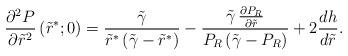
LaTeX: \begin{align*}\frac{\partial^2 P}{\partial \tilde{r}^2} \left( \tilde{r}^*;0 \right) =\frac{\tilde{\gamma}}{\tilde{r}^* \left( \tilde{\gamma} - \tilde{r}^* \right)} -\frac{\tilde{\gamma} \,\frac{\partial P_R}{\partial \tilde{r}}}{P_R \left( \tilde{\gamma} - P_R \right)} +2 \frac{d h}{d \tilde{r}}.\end{align*}